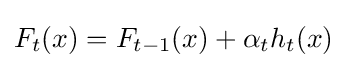
F_{t}(x)=F_{t-1}(x)+\alpha _{t}h_{t}(x)